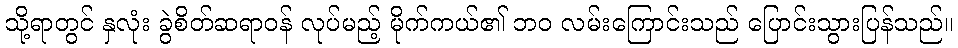
သို့ရာတွင် နှလုံး ခွဲစိတ်ဆရာဝန် လုပ်မည့် မိုက်ကယ်၏ ဘဝ လမ်းကြောင်းသည် ပြောင်းသွားပြန်သည်။